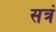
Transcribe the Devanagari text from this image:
सत्रं